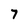
Character: 7